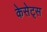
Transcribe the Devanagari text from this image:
केसेट्स